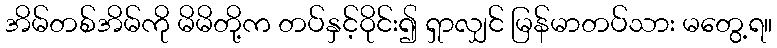
အိမ်တစ်အိမ်ကို မိမိတို့က တပ်နှင့်ဝိုင်း၍ ရှာလျှင် မြန်မာတပ်သား မတွေ့ရ။